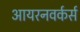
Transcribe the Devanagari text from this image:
आयरनवर्कर्स